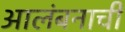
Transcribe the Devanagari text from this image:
आलंबनाची